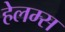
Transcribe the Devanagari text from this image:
हेलम्स